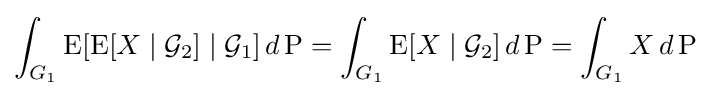
\int _{G_{1}}\operatorname {E} [\operatorname {E} [X\mid {\mathcal {G}}_{2}]\mid {\mathcal {G}}_{1}]\,d\operatorname {P} =\int _{G_{1}}\operatorname {E} [X\mid {\mathcal {G}}_{2}]\,d\operatorname {P} =\int _{G_{1}}X\,d\operatorname {P}